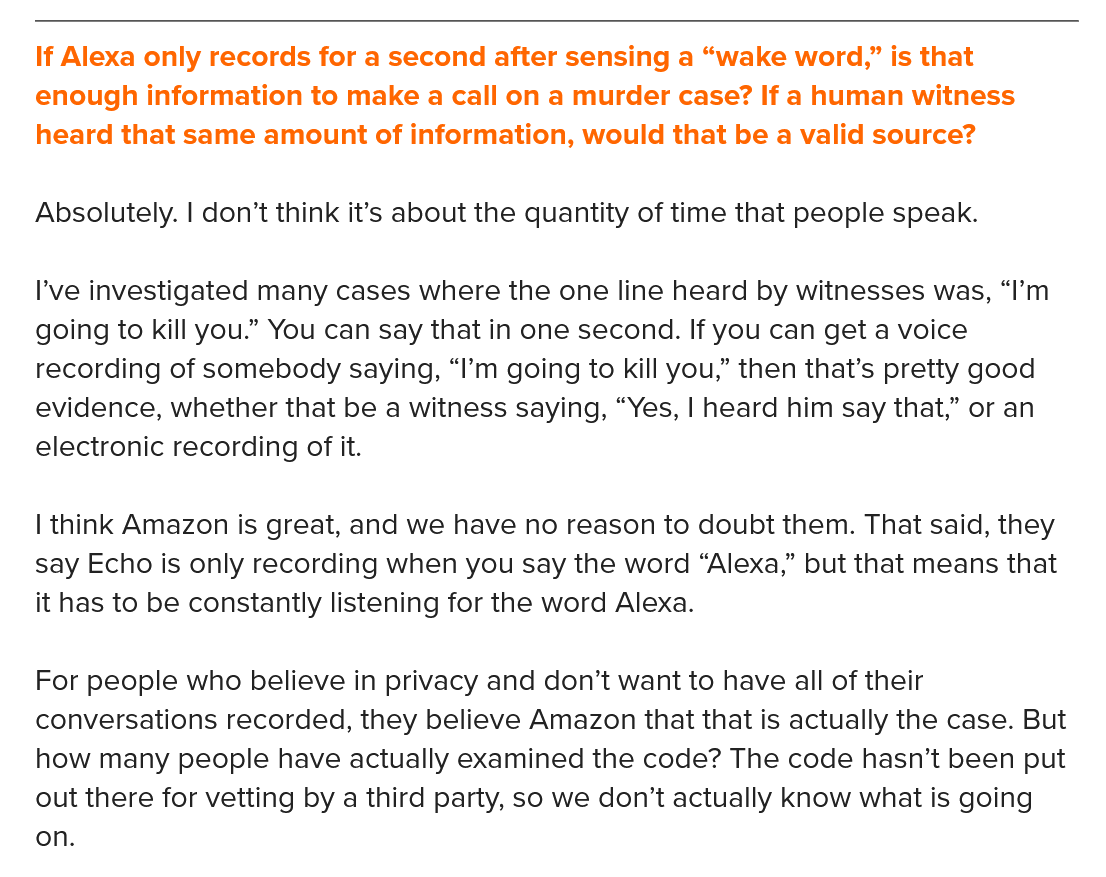
If Alexa only records for a second after sensing a “wake word,” is that
   enough information to make a call on a murder case? If a human witness
   heard that same amount of information, would that be a valid source?
   Absolutely. | don’t think it’s about the quantity of time that people speak.
   I've investigated many cases where the one line heard by witnesses was, “I’m
   going to kill you.” You can say that in one second. If you can get a voice
   recording of somebody saying, “I’m going to kill you,” then that’s pretty good
   evidence, whether that be a witness saying, “Yes, | heard him say that,” or an
   electronic recording of it.
   | think Amazon is great, and we have no reason to doubt them. That said, they
   say Echo is only recording when you say the word “Alexa,” but that means that
   it has to be constantly listening for the word Alexa.
   For people who believe in privacy and don’t want to have all of their
   conversations recorded, they believe Amazon that that is actually the case. But
   how many people have actually examined the code? The code hasn’t been put
   out there for vetting by a third party, so we don’t actually Know what is going
   on.